Sanitation, dispensaries and jails vaccination Rajputana 1922-1927 - 1922-1927
Year: 1922
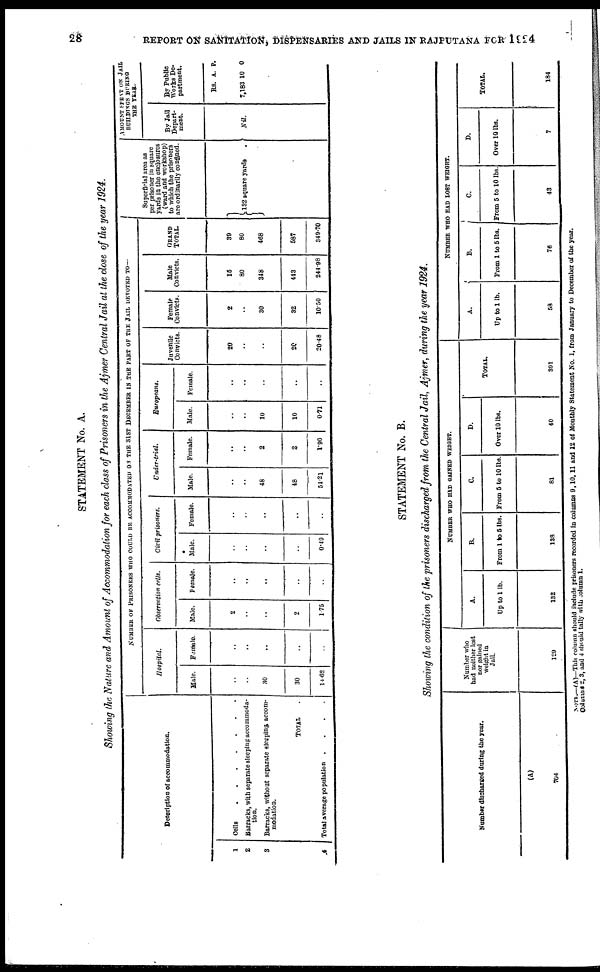
28
REPORT ON SANITATION, DISPENSARIES AND JAILS IN RAJPUTANA FOR 1924
STATEMENT No. A.
Showing the Nature and Amount of Accommodation for each class of Prisoners in the Ajmer Central Jail at the close of the year 1924.
Description of accommodation.
1
2
3
4
Cells .......
Barracks, with separate sleeping accommoda-
tion.
Barracks, without separate sleeping accom-
modation.
TOTAL .
Total average population
.
.
.
.
NUMBER OF PRISONERS WHO COULD BE ACCOMMODATED ON THE 31ST DECEMBER IN THE PART OF THE JAIL DEVOTED TO—
Hospital.
Male.
..
..
30
30
14.62
Female.
..
..
..
..
..
Observation cells.
Male.
2
..
..
2
1.75
Female.
..
..
..
..
..
Civil
prisoners.
Male.
..
..
..
..
0.40
Female.
..
..
..
..
..
Under-trial.
Male.
..
..
48
48
54.21
Female.
..
..
2
2
1.96
Europeans.
Male.
..
..
10
10
0.71
Female.
..
..
..
..
..
Juvenile
Convicts.
20
..
..
20
20.48
Female
Convicts.
2
..
30
32
10.50
Male
Convicts.
15
80
348
443
244.98
GRAND
TOTAL.
39
80
468
587
349.70
Superficial area as
per prisoner in square
yards in the enclosures
(ward and workshop)
to which the prisoners
are ordinarily confined.
132 square yards
AMOUNT SPENT ON JAIL
BUILDINGS DURING
THE YEAR.
By Jail
Depart-
ment.
Nil.
By Public
Works De-
partment.
Rs.
7,183
A.
10
P.
0
STATEMENT No. B.
Showing the condition of the prisoners discharged from the Central Jail, Ajmer, during the year 1924.
Number discharged during the year.
(A)
704
Number who
had neither lost
nor gained
weight in
Jail.
129
NUMBER WHO HAD GAINED WEIGHT.
A.
Up to 1 lb.
132
B.
From 1 to 5 lbs.
138
C.
From 5 to 10 lbs.
81
D.
Over 10 lbs.
40
TOTAL.
391
NUMBER WHO HAD LOST WEIGHT.
A.
Up to 1 lb.
58
B.
From 1 to 5 lbs.
76
C.
From 5 to 10 lbs.
43
D.
Over 10 lbs.
7
TOTAL.
184
NOTE—(A)—This column should include prisoners recorded in columns 9,10,11 and 12 of Monthly Statement No. 1, from January to December of the year.
Columns 2, 3, and 4 should tally with column 1.